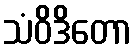
သံဝိဒိတော